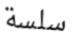
سلسة